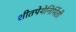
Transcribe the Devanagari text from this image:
शीतपेयेनिर्मिती